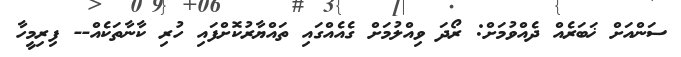
ސަންއަށް ޚަބަރެއް ދެއްވުމަށް: ރޯދަ ވިއްލުމަށް ގެއެއްގައި ތައްޔާރުކޮށްފައި ހުރި ކާނާތަކެއް-- ފިރިމީހާ